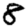
Digit: 8